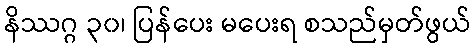
နိဿဂ္ဂ ၃၀၊ ပြန်ပေး မပေးရ စသည်မှတ်ဖွယ်